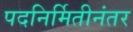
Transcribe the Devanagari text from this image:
पदनिर्मितीनंतर